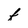
Character: f